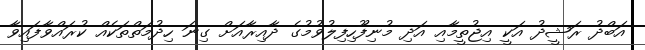
އަބްދު ރަޝީދު އަކީ އިޖުތީމާއި އަދި މުނިފޫހިފިލުވުމުގެ ދާއިރާއަށް ގިނަ ހިދުމަތްތަކެއް ކުރައްވާފައިވާ